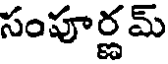
సంపూర్ణమ్